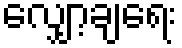
လျှော့ချရေး